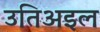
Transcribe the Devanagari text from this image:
उतिअइल